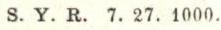
S.Y.R. 7.27.1000.